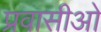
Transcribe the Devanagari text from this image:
प्रवासीओ